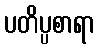
ပတိပ္ပစာရာ